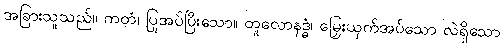
အခြားသူသည်။ ကတံ၊ ပြုအပ်ပြီးသော။ တူလောနဒ္ဓံ၊ မြှေးယှက်အပ်သော လဲရှိသော